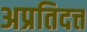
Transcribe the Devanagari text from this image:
अप्रतिदत्त